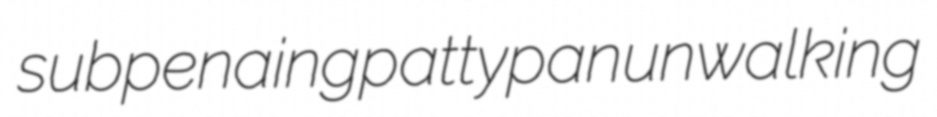
subpenaing pattypan unwalking